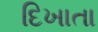
દિખાતા